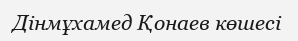
Дінмұхамед Қонаев көшесі